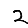
Digit: 2